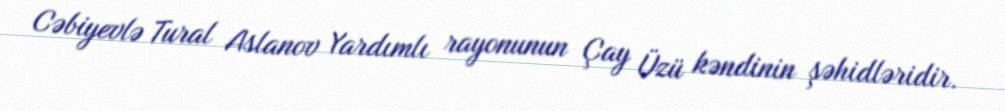
Cəbiyevlə Tural Aslanov Yardımlı rayonunun Çay Üzü kəndinin şəhidləridir.